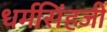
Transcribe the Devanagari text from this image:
धर्मसिंहजी